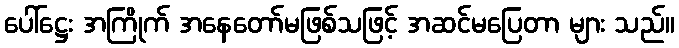
ပေါ်ဋ္ဌေး အကြိုက် အနေတော်မဖြစ်သဖြင့် အဆင်မပြေတာ များ သည်။